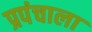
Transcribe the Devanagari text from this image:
प्रपंचाला